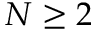
N \geq 2